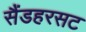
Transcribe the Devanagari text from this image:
सैंडहरसट